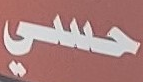
حسي